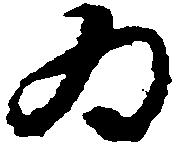
為